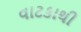
વાટકાથી